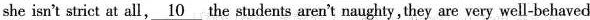
she isn't strict at all,\underline{10} the students aren't naughty, they are very well-behaved.